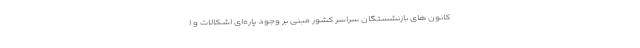
کانون ‌های بازنشستگان سراسر کشور مبنی بر وجود پاره‌ای اشکالات و ا